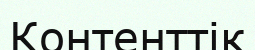
Контенттік